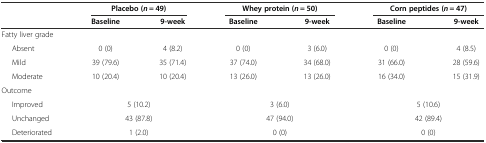
<table><thead><tr><td></td><td colspan="2"><b>Placebo (<i>n</i> = 49)</b></td><td colspan="2"><b>Whey protein (<i>n</i> = 50)</b></td><td colspan="2"><b>Corn peptides (<i>n</i> = 47)</b></td></tr><tr><td></td><td><b>Baseline</b></td><td><b>9-week</b></td><td><b>Baseline</b></td><td><b>9-week</b></td><td><b>Baseline</b></td><td><b>9-week</b></td></tr></thead><tbody><tr><td colspan="7">Fatty liver grade</td></tr><tr><td>Absent</td><td>0 (0)</td><td>4 (8.2)</td><td>0 (0)</td><td>3 (6.0)</td><td>0 (0)</td><td>4 (8.5)</td></tr><tr><td>Mild</td><td>39 (79.6)</td><td>35 (71.4)</td><td>37 (74.0)</td><td>34 (68.0)</td><td>31 (66.0)</td><td>28 (59.6)</td></tr><tr><td>Moderate</td><td>10 (20.4)</td><td>10 (20.4)</td><td>13 (26.0)</td><td>13 (26.0)</td><td>16 (34.0)</td><td>15 (31.9)</td></tr><tr><td colspan="7">Outcome</td></tr><tr><td>Improved</td><td colspan="2">5 (10.2)</td><td colspan="2">3 (6.0)</td><td colspan="2">5 (10.6)</td></tr><tr><td>Unchanged</td><td colspan="2">43 (87.8)</td><td colspan="2">47 (94.0)</td><td colspan="2">42 (89.4)</td></tr><tr><td>Deteriorated</td><td colspan="2">1 (2.0)</td><td colspan="2">0 (0)</td><td colspan="2">0 (0)</td></tr></tbody></table>